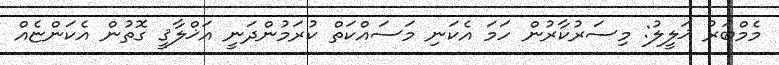
މެމްބަރު ޚަލީލު: މިސަރުކާރުން ހަމަ އެކަނި މަސައްކަތް ކުރަމުންދަނީ އަޚްލާޤީ ގޮތުން އެކަންޏެއް